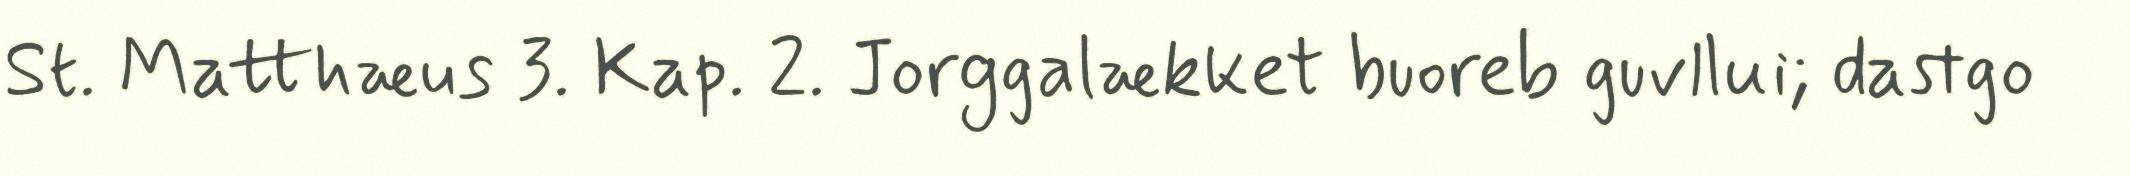
St. Matthæus 3. Kap. 2. Jorggalækket buoreb guvllui; dastgo